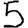
Digit: 5